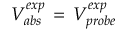
V _ { a b s } ^ { e x p } \, = \, V _ { p r o b e } ^ { e x p }